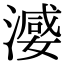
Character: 𣽦